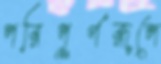
পরিপূর্ণরূপে